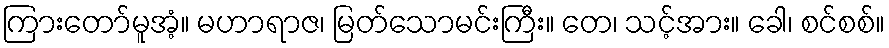
ကြားတော်မူအံ့။ မဟာရာဇ၊ မြတ်သောမင်းကြီး။ တေ၊ သင့်အား။ ခေါ၊ စင်စစ်။